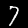
Digit: 7